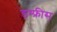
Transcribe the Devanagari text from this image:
डम्फ्रीस